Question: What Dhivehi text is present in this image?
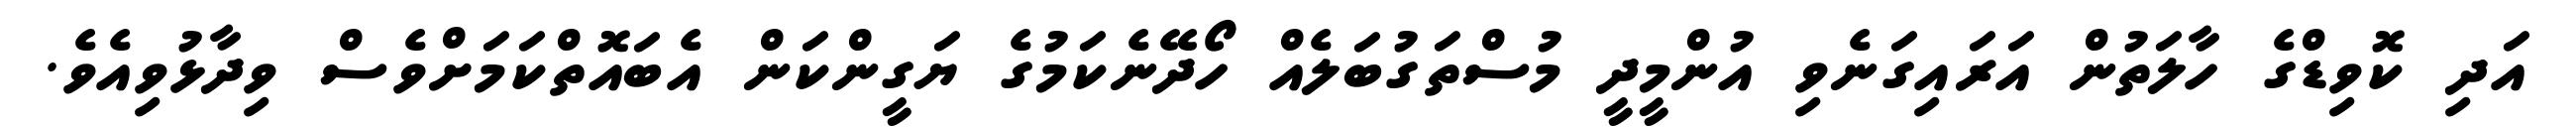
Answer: އަދި ކޮވިޑްގެ ހާލަތުން އަރައިގަނެވި އުންމީދީ މުސްތަގުބަލެއް ހޯދޭނެކަމުގެ ޔަގީންކަން އެބައޮތްކަމަށްވެސް ވިދާޅުވިއެވެ.